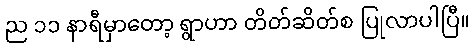
ည ၁၁ နာရီမှာတော့ ရွာဟာ တိတ်ဆိတ်စ ပြုလာပါပြီ။